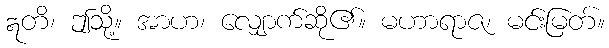
ဣတိ၊ ဤသို့။ အာဟ၊ လျှောက်ဆို၏။ မဟာရာဇ၊ မင်းမြတ်။